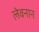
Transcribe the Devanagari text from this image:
लेवनान